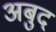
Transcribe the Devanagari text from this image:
अबुद